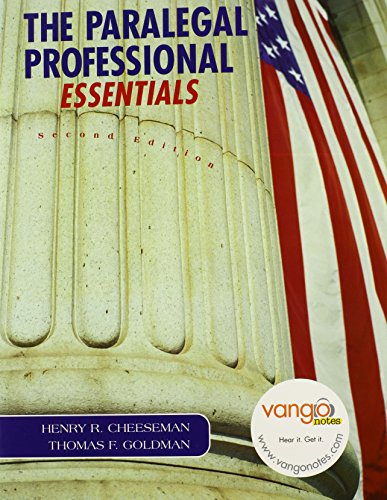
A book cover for Paralegal Professional: Essentials (2nd Edition); Henry R. Cheeseman; Law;